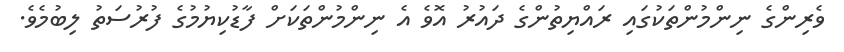
ވެރިންގެ ނިންމުންތަކުގައި ރައްޔިތުންގެ ދައުރު އޮވެ އެ ނިންމުންތަކަށް ފާޑުކިޔުމުގެ ފުރުސަތު ލިބުމެވެ.